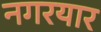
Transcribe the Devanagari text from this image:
नगरयार